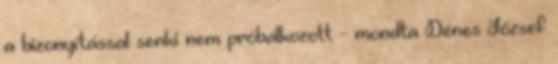
a bizonyítással senki nem próbálkozott - mondta Dénes József